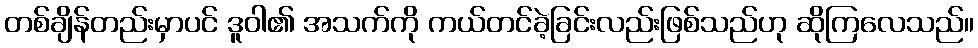
တစ်ချိန်တည်းမှာပင် ဒူဝါ၏ အသက်ကို ကယ်တင်ခဲ့ခြင်းလည်းဖြစ်သည်ဟု ဆိုကြလေသည်။